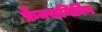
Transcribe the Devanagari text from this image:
फ्रैंक्सगिविंग